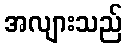
အလျားသည်